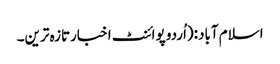
اسلام آباد:(اُردو پوائنٹ اخبارتازہ ترین۔